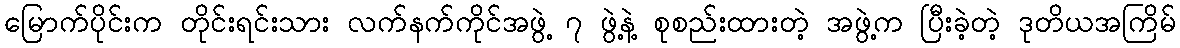
မြောက်ပိုင်းက တိုင်းရင်းသား လက်နက်ကိုင်အဖွဲ့ ၇ ဖွဲ့နဲ့ စုစည်းထားတဲ့ အဖွဲ့က ပြီးခဲ့တဲ့ ဒုတိယအကြိမ်